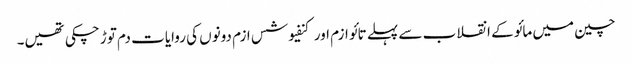
چین میں مائو کے انقلاب سے پہلے تائو ازم اور کنفیوشس ازم دونوں کی روایات دم توڑ چکی تھیں۔